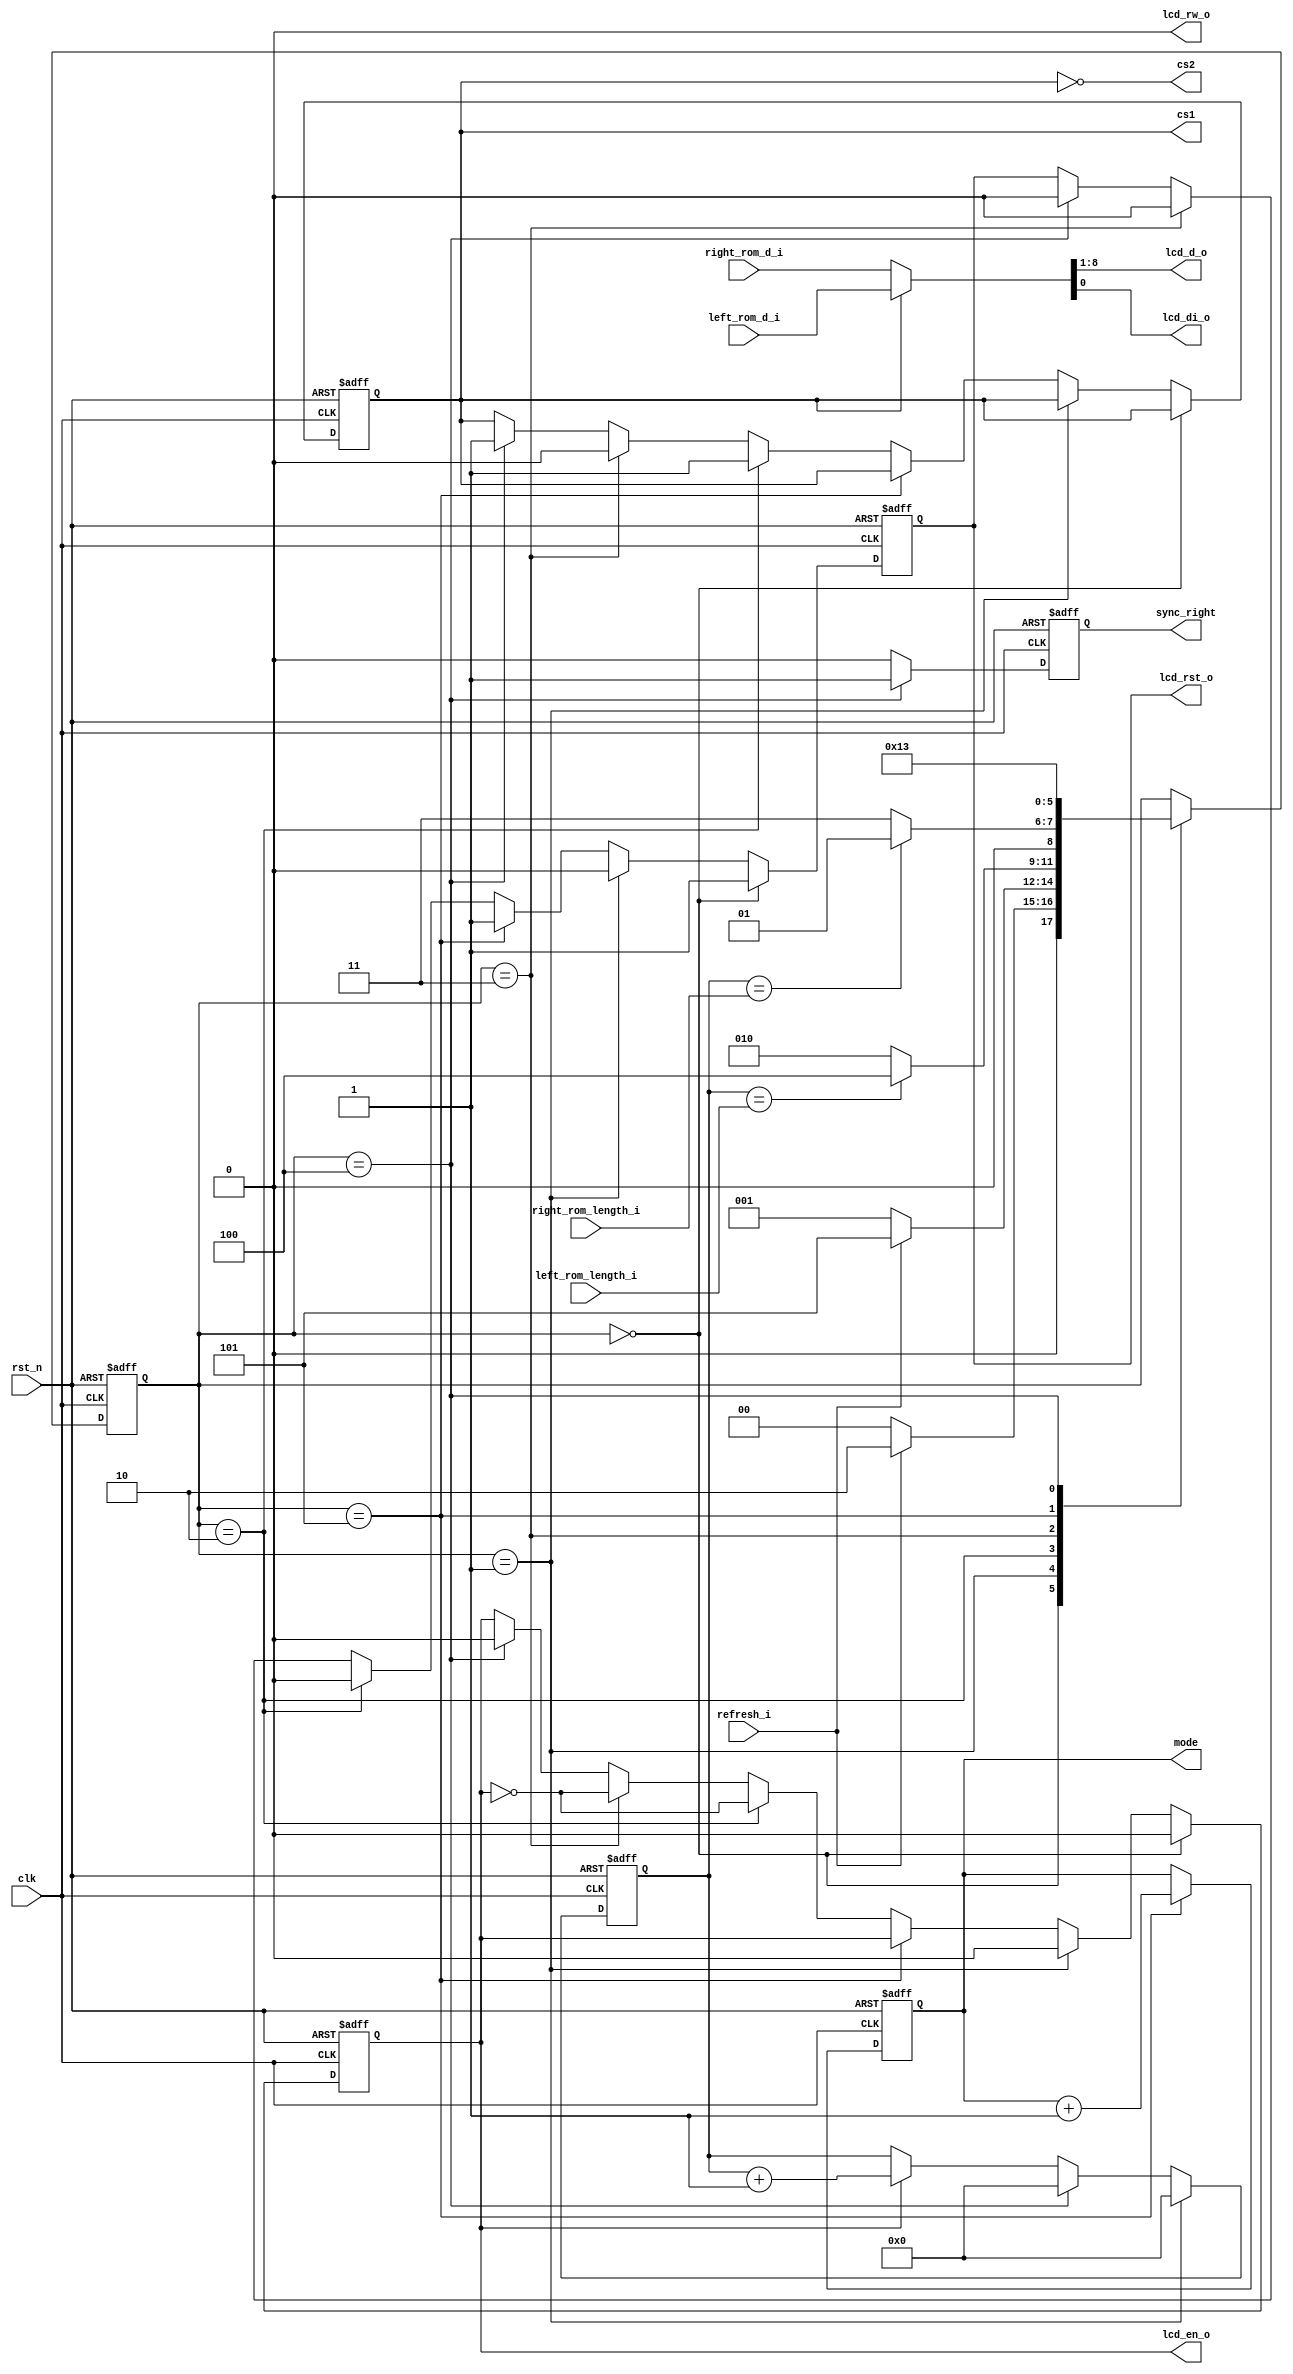
//-------------------------------------------------------------------
//                                                                 
//  COPYRIGHT (C) 2012, Renfeng Dou, Fudan University
//                                                                  
//  THIS FILE MAY NOT BE MODIFIED OR REDISTRIBUTED WITHOUT THE      
//  EXPRESSED WRITTEN CONSENT OF Renfeng Dou
//                                                                  
//  Renfeng Dou				email:12212020002@fudan.edu.cn     
//  Fudan University        www.fudan.edu.cn              
//-------------------------------------------------------------------
// Description    : 
//               
// $Id$ 
//------------------------------------------------------------------- 

//synopsys_translate_off
`timescale 1ns/1ns
//synopsys_translate_on

module graphic_lcd_driver(
				//control signal
				clk,
				rst_n,
				//lcd driver control
				refresh_i,
				//lcd interface
				lcd_d_o,
				lcd_di_o,
				lcd_rw_o,
				lcd_en_o,
				lcd_rst_o,
				cs1,
				cs2,
				//ROM data
				left_rom_d_i,
				left_rom_length_i,
				right_rom_d_i,
				right_rom_length_i,
				sync_right,
				mode
);

// ********************************************
//                                             
//    INPUT / OUTPUT DECLARATION               
//                                             
// ********************************************
input			clk;				//clock
input 			rst_n;				//module reset
input			refresh_i;			//lcd refresh
output [7:0]	lcd_d_o;			//lcd DB out for data bits
output			lcd_di_o;			//lcd DI out for register select
output			lcd_rw_o;			//lcd RW out for read write
output			lcd_en_o;			//lcd EN out for enable, negedge active
output			lcd_rst_o;			//lcd RST(sync), high active
output			cs1;				//Disp. Block Select
output			cs2;				//Disp. Block Select
input [8:0]		left_rom_d_i;		//left_ROM DB
input [9:0]		left_rom_length_i;	//left_ROM length
input [8:0]		right_rom_d_i;		//right_ROM DB
input [9:0]		right_rom_length_i;	//right_ROM length
output			sync_right;
output			mode;

// ********************************************
//                                             
//    Parameter DECLARATION                     
//                                             
// ********************************************
parameter		INIT		= 3'b000,	//INIT state
				IDLE		= 3'b001,	//IDLE state
				UPDATE_L	= 3'b010,	//UPDATE L state
				UPDATE_R	= 3'b011,	//UPDATE R state
				L2R			= 3'b100,
				RST			= 3'b101;	//RST state
				

// ********************************************      
//                                             
//    Register DECLARATION                         
//                                             
// ********************************************
reg [2:0]		state;

reg [9:0]		counter;



//reg [1:0]		L2R_counter;


// ********************************************
//                                             
//    Wire DECLARATION                         
//                                             
// ********************************************
reg [7:0]		lcd_d_o;		//lcd DB out
reg				lcd_di_o;		//lcd DI out
//reg				lcd_rw_o;		//lcd RW out
reg				lcd_en_o;		//lcd EN out
reg				lcd_rst_o;		//lcd RST(sync)	
reg     		cs1;
reg     		cs2;
reg				sync_right;
reg 			mode;

// *******************************************
//                                             
//    Combinational Logic                         
//                                             
// ********************************************


always @ (left_rom_d_i or right_rom_d_i or cs1)
begin
	cs2	= ~cs1;
	if(cs1)
		{lcd_d_o,lcd_di_o}	= left_rom_d_i;
	else
		{lcd_d_o,lcd_di_o}	= right_rom_d_i;
end

assign lcd_rw_o = 1'b0;
//assign sync_right = (state==L2R)? 1'b1:1'b0;

// ********************************************
//                                             
//    Sequential Logic                         
//                                             
// ********************************************

always @ (posedge clk or negedge rst_n)
begin
	if(!rst_n)
		begin
			state		<= INIT;
		end
	else
		// INIT-->UPDATE_L-->L2R-->UPDATE_R-->IDLE-->RST-->UPDATE_L
		case(state)
		INIT:begin
			if(refresh_i)
				state	<= UPDATE_L;
			else
				state	<= INIT;
			end
		IDLE:begin	// waiting for refresh_i
			if(refresh_i)
				state	<= RST;
			else
				state	<= IDLE;
			end
		UPDATE_L:begin
			if(counter==left_rom_length_i)	// self cycle
				state	<= L2R;
			else
				state	<= UPDATE_L;
			end
		UPDATE_R:begin
			if(counter==right_rom_length_i)	// self cycle
				state	<= IDLE;
			else
				state	<= UPDATE_R;
			end
		RST:begin	// reset panel
				state	<= UPDATE_L;
			end
		L2R:
			begin
				//if(L2R_counter==2'b01)
					state	<= UPDATE_R;
				//else
					//state	<= L2R;
			end
		endcase
end

//always @ (posedge clk or negedge rst_n)
//begin
//	if(!rst_n)
//		L2R_counter	<= 2'b00;
//	else if(state == L2R)
//		L2R_counter	<= L2R_counter + 1'b1;
//	else
//		L2R_counter	<= 2'b00;			
//end

always @ (posedge clk or negedge rst_n)
begin
	if(!rst_n)
		sync_right	<= 1'b0;
	else
		begin
			if(state==L2R)
				sync_right	<= 1'b1;
			else
				sync_right	<= 1'b0;
		end
end

//?
//always @ (posedge clk or negedge rst_n)
//begin
//	if(!rst_n)
//		lcd_rw_o	<= 1'b0;
//	else
//		lcd_rw_o	<= 1'b0;
//end

always @ (posedge clk or negedge rst_n)
begin
	if(!rst_n)
		mode	<= 1'b0;
	else
		begin
			if(state==RST)
				mode	<= mode + 1'b1;
			else
				mode	<= mode;
		end
end



always @ (posedge clk or negedge rst_n)
begin
	if(!rst_n)
		begin
			lcd_en_o	<= 1'b0;	// negedge active
			lcd_rst_o	<= 1'b1;	// high active
			cs1  <= 1'b0;
		end
	else
		begin
			if(state==INIT)
				begin
					lcd_en_o	<= 1'b0;
					lcd_rst_o	<= 1'b1;
				end
			else if(state==IDLE)
				begin
					lcd_en_o	<= 1'b0;
					lcd_rst_o	<= 1'b0;
				end
			else if(state==RST)
				begin
					lcd_rst_o	<= 1'b1;
				end
			else if(state==UPDATE_L)
				begin
					cs1			<= 1'b1;
					lcd_rst_o	<= 1'b0;
					lcd_en_o	<= ~lcd_en_o;
				end
			else if(state==UPDATE_R)
				begin
					cs1			<= 1'b0;
					lcd_rst_o	<= 1'b0;
					lcd_en_o	<= ~lcd_en_o;
				end
			else if(state == L2R)
				begin
					cs1			<= 1'b1;
					lcd_rst_o	<= 1'b0;
					lcd_en_o	<= 1'b0;
				end
		end
end

always @ (posedge clk or negedge rst_n)
begin
	if(!rst_n)
		counter		<= 10'd0;
	else
		begin
			if(state==IDLE)
				counter <= 10'd0;
			else if(state==L2R)
				counter <= 10'd0;
			else if(lcd_en_o)
				counter	<= counter + 1'b1;
			else
				counter	<= counter;
		end
end




endmodule